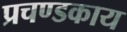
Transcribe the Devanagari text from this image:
प्रचण्डकाय